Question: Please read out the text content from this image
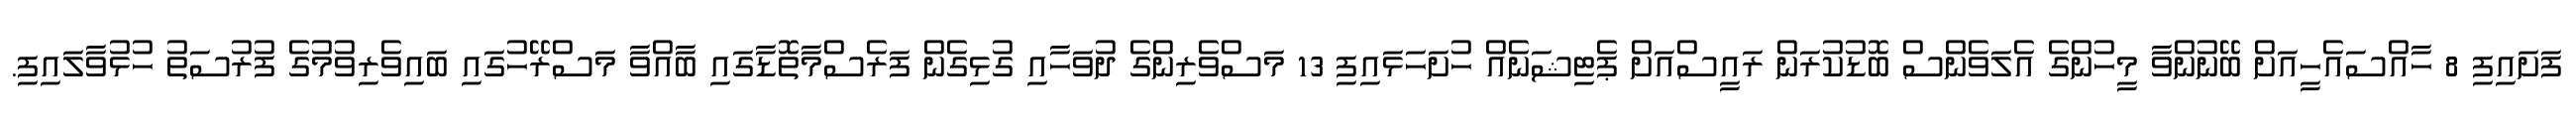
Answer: ފަށައިފި 8 ހާއްސައެހީއަށް ބޭނުންވާ މީހުންގެ އެލަވެންސް ބޮޑުކުރަން ރައީސްއަށް ޕެޓިޝަނެއް ހުށަހަޅައިފި 13 މަސްވެރިންގެ ދުވަހާއި ގުޅިގެން ފަރެސްމާތޮޑާގައި ބާއްވާ މަސްރޭހުގައި ބައިވެރިވުމުގެ ފުރުސަތު ހުޅުވާލައިފި.